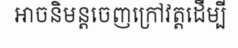
អាចនិមន្តចេញក្រៅវត្តដើម្បី